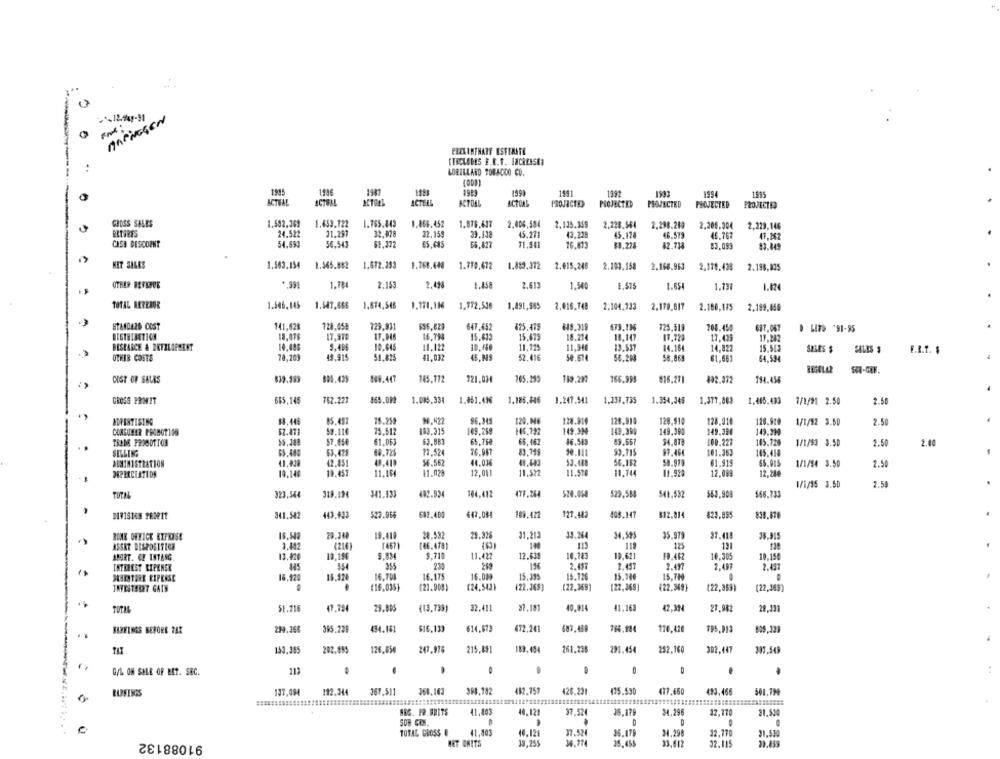
:**
MAPINGEN
0
PRZLINFNADE ESETRITE
CHECLONES F.R.P. INCRESSEN
LORILLARD TOBACCO CO.
1995
1991
1994
1535
ACTUAL
ACTUAL
ACTELL
ACTOLL
ACTONE
PROJECTO
PROJECTED
PROJECTED
PROJECTED
PROJECTES
GROSS SALES
1.502.369
1.653.122
1.765.843
1,866.452
1.876.617
2.006,584
2,135.349
2,228.564
2,298.219
2,208.304
2,329,146
ERTHETS
24.522
31.297
32.478
22.159
45.271
43.218
45.17
46.579
46.767
47.242
CASA DISCOUNT
54.693
56.543
61.372
£5.635
66.827
TE.SA1
16.873
42.714
83.093
83.445
KET SILES
1.509,154
1.965.862
1.672.293
1.779.472
1.889.372
2.€15,248
2.168,963
2.103.158
2,178.438
2.198,805
OTHER BETLECE
1.784
2.153
2.498
1.858
2,613
1.500
E. 575
1.65
1.137
TOTAL BETERUR
1.546,145
1.547,866
1,674,546
1.171,116
1,772,500 1,491,985
2.016,748
2.104,123
2.179.617
2.160,175
2.199,456
STAND429 COST
141,628
129,931
636.82
647.652
825.475
648.319
125.313
208.450
687.067
LITS '91-95
DISTRIBUTION
17,970
16.794
15.633
15.475
18.714
15.147
17.433
17,242
BESPARCE & DETBLAPMENT
9.498
10.645
11.122
10.150
11.125
11,940
13.537
44.164
14.822
15.513
SALES $
SALES
E.L.T. $
OTHER COSTS
10,201
49,915
51.825
41.032
45,949
52.416
50.674
56.203
58.869
61.661
64.594
CUST OF SALES
839.199
109.447
721.024
119.28
766.993
$16.271
402.372
194.455
GROSS POWIT
685,145
762.227
465.09
1.085.334
1.185.446
1.247.541
1.337.735
1.354,345
1,465,483
1/1/21 2.50
2.50
ADRESTISING
85.457
15.259
90.522
96.345
120, M6
128.914
128.910
128.910
128,910
128.919
1/1/52 3.50
2.50
CONSUMIR PROMOT100
52.471
$2.110
75.512
183.315
109.259
146.732
149.334
149.399
149.390
149.390
149.99
15.188
61.063
63.881
65.760
65.452
36.50
49.667
54.818
168.227
145.720
2.00
TRADE PROMOTTON
1/1/53 3.50
2.50
SELLING
63.475
26.947
83.149
30.111
93.715
87.464
101.35]
145.414
DEMINISTRATION
42.451
48.410
$6.562
44.034
53.488
56.152
61.915
65.915
1/1/54 3.50
2.50
11.570
19.140
10.457
11,164
11.028
12.001
11.522
11.744
12,099
12,244
1/1/95 3.60
2.58
TOTAL
323.544
319.194
341.132
482.83
104.412
477.264
524.054
529.588
541.532
563.908
668.733
341.542
443.433
523.066
692.400
642.084
109.422
127.482
408.147
812.814
829.895
838.878
HOME OFFICE EIPRISE
16,548
20.240
19.419
28.582
29.928
31.213
39.264
34.525
35.979
38.815
ASSER DISPOSITION
3.412
(210)
(46.478)
115
125
13
10.156
9.710
11.422
12.638
10.183
19.621
19.482
10.305
ABORT. CF ISTASG
13.420
10.15
INTEREST RIPENER
230
269
2.457
2.451
2.417
2,497
2.437
SKARSTORE RIPENSE
16.420
15.520
16.708
16.175
16.089
15, 199
15.126
15.346
15.7M
INVESTERET GATH
.
(16.035)
(21.908)
(24,543}
(22.06$)
(22,369]
(22,369]
(22,369}
(22,369)
(22,365)
51.216
47.794
(13,739)
32.411
37.181
40.014
41.163
42.314
27.982
29,131
TOTAL
HASTINGS BEFORE PAR
385.239
494.151
$16.133
614.873
672.241
683.469
170,420
195,913
153.385
202.855
126,654
247.976
215.891
183.484
261.235
291.454
252.160
302,447
G/L ON SALE OF MIT. SEC.
111
137,094
112.344
367.511
368,163
364.182
412.757
426.231
415.530
477.460
493.466
501.794
RIPSINGS
NEG. PO. BRITS
41,403
40.121
37.52
39,179
34.296
12,17
31,530
SOB CEN.
D
91088132
TOTAL GROSS O
41.403
40.126
37.524
26.175
24.198
32.770
21.530
MET ONITS
39,255
36.714
35.455
33,612
32.115